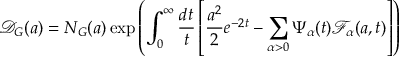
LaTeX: \mathcal { D } _ { G } ( a ) = N _ { G } ( a ) \exp \left( \int _ { 0 } ^ { \infty } \frac { d t } { t } \left[ \frac { a ^ { 2 } } { 2 } e ^ { - 2 t } - \sum _ { \alpha > 0 } \Psi _ { \alpha } ( t ) \mathcal { F } _ { \alpha } ( a , t ) \right] \right)